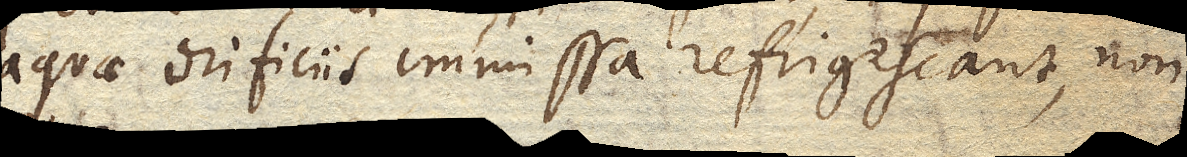
aquae orificiis immissa refrigescant, non